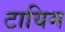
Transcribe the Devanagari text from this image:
टायिम